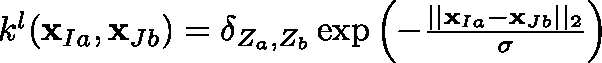
\begin{array} { r } { k ^ { l } ( \mathbf { x } _ { I a } , \mathbf { x } _ { J b } ) = \mathbf { \delta } _ { Z _ { a } , Z _ { b } } \exp { \left( - \frac { \vert \vert \mathbf { x } _ { I a } - \mathbf { x } _ { J b } \vert \vert _ { 2 } } { \sigma } \right) } ~ } \end{array}